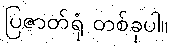
ပြဇာတ်ရုံ တစ်ခုပါ။